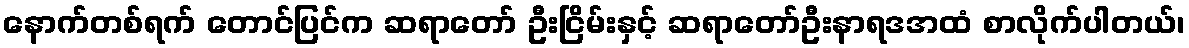
နောက်တစ်ရက် တောင်ပြင်က ဆရာတော် ဦးငြိမ်းနှင့် ဆရာတော်ဦးနာရဒအထံ စာလိုက်ပါတယ်၊